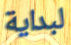
لبداية